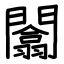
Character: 闟